Annual report on the working of the mental hospitals in the Madras Presidency - 1912-1932
Year: 1912
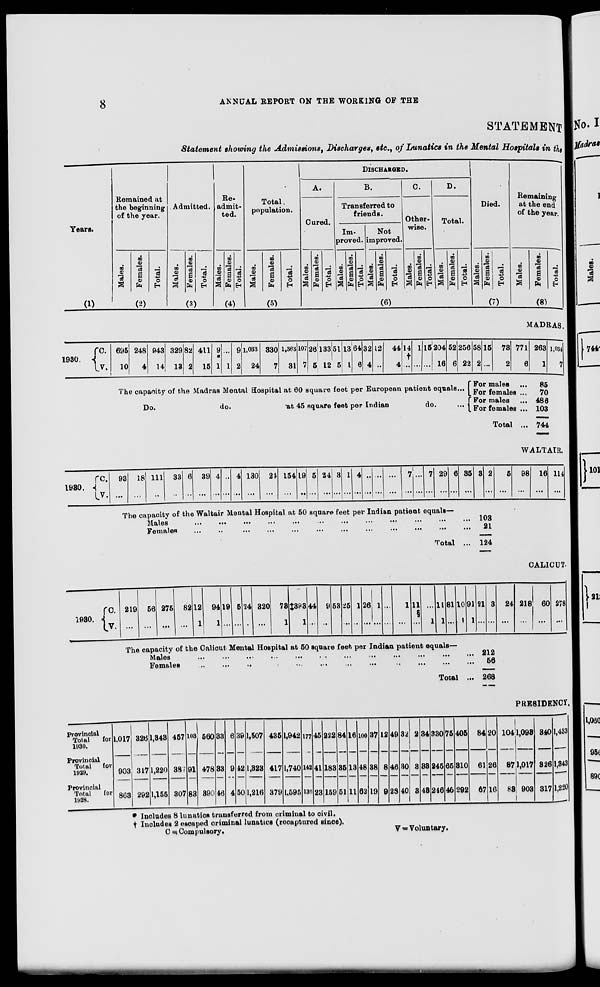
8
ANNUAL REPORT ON THE WORKING OF THE
STATEMENT
Statement showing the Admissions, Discharges, etc., of Lunatics in the Mental Hospitals in the
Years.
(1)
Remained at
the beginning
of the year.
Males.
Females.
Total.
(2)
Admitted.
Males.
Females.
Total.
(3)
Re-
admit-
ted.
Males.
Females.
Total.
(4)
Total.
population.
Males.
Females.
Total.
(5)
DISCHARGED.
A.
Cured.
Males.
Females.
Total.
B.
Transferred to
friends.
Im-
proved.
Not
improved.
Males.
Females.
Total.
Males.
Females.
Total.
C.
Other-
wise.
Males.
Females.
Total.
D.
Total.
Males.
Females.
Total.
(6)
Died.
Males.
Females.
Total.
(7)
Remaining
at the end
of the year.
Males.
Females.
Total.
(8)
MADRAS.
1930.
C.
V.
695
10
248
4
943
14
329
13
82
2
411
15
9
*
1
...
1
9
2
1,033
24
330
7
1,363
31
107
7
26
5
133
12
51
5
13
1
64
6
32
4
12
...
44
4
14
†
...
1
...
15
...
204
16
52
6
256
22
The capacity of the Madras Mental Hospital at 60 square feet per European patient equals...
Do.
do.
at 45 square feet per Indian
do.
...
58
2
15
...
73
2
771
6
For males ...
For females ...
For males ...
For females ...
Total ...
263
1
1,034
7
85
70
486
103
744
1980.
WALTAIR.
C.
V.
93
...
18
...
111
...
33
...
6
...
39
...
4
...
...
...
4
...
130
...
24
...
154
...
19
...
5
...
24
...
3
...
1
...
4
...
...
...
...
...
...
...
7
...
...
...
7
...
29
...
6
...
35
...
3 2
...
The capacity of the Waltair Mental Hospital at 50 square feet per Indian patient equals—
Males
...
...
...
...
...
...
...
...
...
...
...
...
Females
...
..
...
...
...
...
...
...
...
...
...
Total ...
103
21
124
5
...
98
...
16
...
114
...
CALICUT.
1930.
C.
V.
219
...
56
...
275
...
82
...
12
1
94
1
19
...
5
...
24
...
320
...
78
1
‡393
1
44
...
9
...
53
...
25
...
1
...
26
...
1
...
...
...
1
...
11
§ ...
...
1
11
1
81
...
10
1
91
1
21
...
3
...
The capacity of the Calicut Mental Hospital at 50 square feet per Indian patient equals—
Males
...
...
...
...
...
...
...
...
...
...
Females
...
...
...
...
...
...
...
...
...
Total ...
212
56
268
24
...
218
...
60
...
278
...
Provincial
Total for
1930.
Provincial
Total for
1929.
Provincial
Total for
1928.
PRESIDENCY
1,017
903
863
326
317
292
1,343
1,220
1,155
457
387
307
103
91
83
560
478
390
33
33
46
6
9
4
39
42
50
1,507
1,323
1,216
435
417
379
1,942
1,740
1,595
177
142
136
45
41
23
272
183
159
84
35
51
16
13
11
100
48
62
37
38
19
12
8
9
49
46
28
32
30
40
2
3
8
34
33
48
330
245
246
75
65
46
405
310
292
84
61
67
20
26
16
104
87
83
1,093
1,017
903
340
326
317
1,433
1,343
1,220
* Includes 8 lunatics transferred from criminal to civil.
† Includes 2 escaped criminal lunatics (recaptured since).
C = Compulsory.
V= Voluntary.